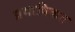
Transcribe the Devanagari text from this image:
प्रभाविकत